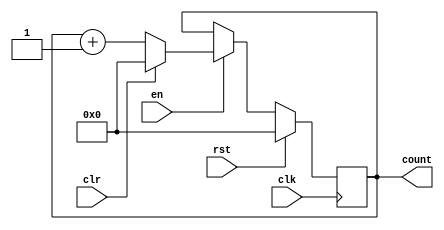
module binary_counter(
  input clk,
  input rst,
  input en,
  input clr,
  output reg [3:0] count
);

always @(posedge clk) begin
  if(rst) begin
    count <= 4'b0000;
  end else begin
    if(en) begin
      if(clr) begin
        count <= 4'b0000;
      end else begin
        count <= count + 4'b0001;
      end
    end
  end
end

endmodule